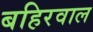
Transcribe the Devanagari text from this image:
बहिरवाल